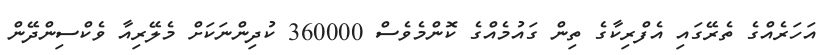
އަހަރެއްގެ ތެރޭގައި އެފްރިކާގެ ތިން ގައުމެއްގެ ކޮންމެވެސް 360000 ކުދިންނަކަށް މެލޭރިއާ ވެކްސިންދޭން